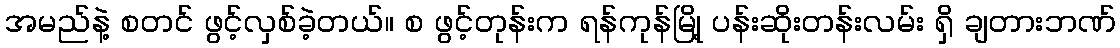
အမည်နဲ့ စတင် ဖွင့်လှစ်ခဲ့တယ်။ စ ဖွင့်တုန်းက ရန်ကုန်မြို့ ပန်းဆိုးတန်းလမ်း ရှိ ချတားဘဏ်